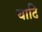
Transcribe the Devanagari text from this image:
यादि